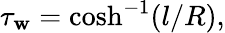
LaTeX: \tau_{\mathbf{w}}=\cosh^{-1}(l/R),